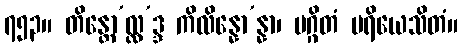
၇၅၃။ တိန္တော’လ္လ’ဒ္ဒ ကိလိန္နော’န္နာ၊ မဂ္ဂိတံ ပရိယေသိတံ။